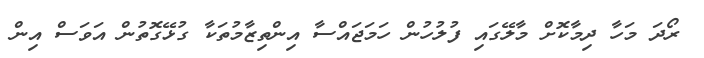
ރޯދަ މަހާ ދިމާކޮށް މާލޭގައި ފުލުހުން ހަމަޖައްސާ އިންތިޒާމުތަކާ ގުޅޭގޮތުން އަވަސް އިން